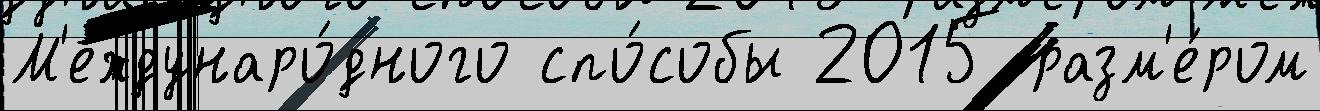
М'еждунаро́дного спо́собы 2015 разм'е́ром